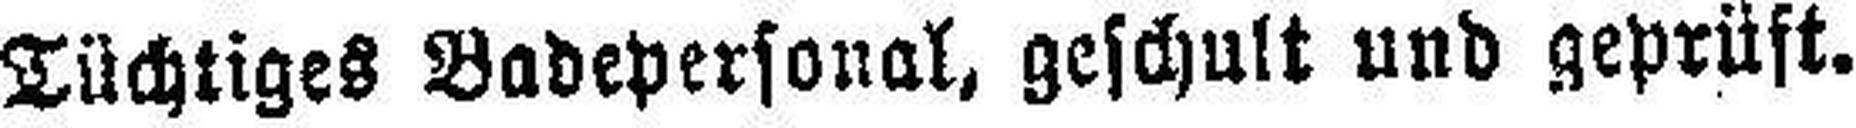
Tüchtiges Badepersonal, geschult und geprüft.